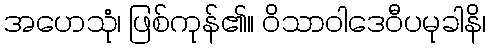
အဟေသုံ၊ ဖြစ်ကုန်၏။ ဝိသာဝါဒေဝီပမုခါနိ၊